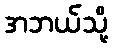
အဘယ်သို့